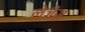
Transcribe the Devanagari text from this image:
लेजेंस